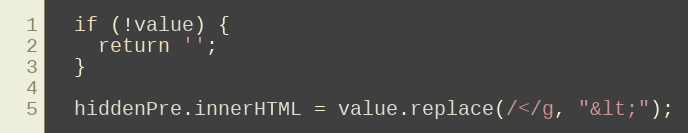
Language: JavaScript
  if (!value) {
    return '';
  }

  hiddenPre.innerHTML = value.replace(/</g, "&lt;");